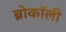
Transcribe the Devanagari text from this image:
ब्रोकॉली